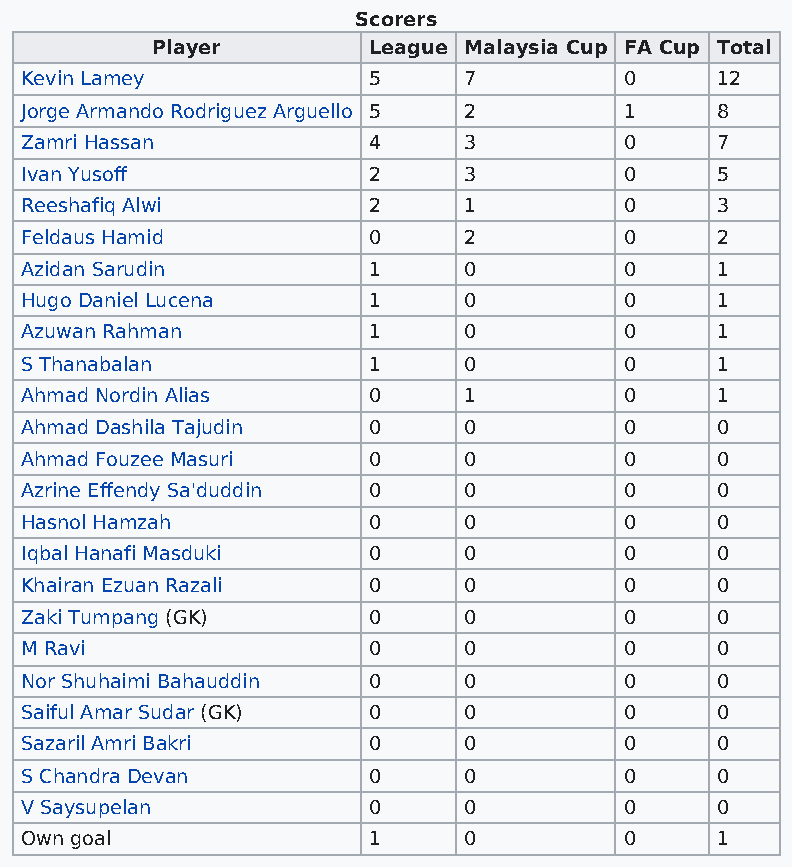
Scorers
 Player        League Malaysia Cup FA Cup Total
 Kevin Lamey            5      7         0     12
 Jorge Armando Rodriguez Arguello 5 2    1     8
 Zamri Hassan           4      3         0     7
 Ivan Yusoff            2      3         0     5
 Reeshafiq Alwi         2      1         0     3
 Feldaus Hamid          0      2         0     2
 Azidan Sarudin         1      0         0     1
 Hugo Daniel Lucena     1      0         0     1
 Azuwan Rahman          1      0         0     1
 S Thanabalan           1      0         0     1
 Ahmad Nordin Alias     0      1         0     1
 Ahmad Dashila Tajudin  0      0         0     0
 Ahmad Fouzee Masuri    0      0         0     0
 Azrine Effendy Sa'duddin 0    0         0     0
 Hasnol Hamzah          0      0         0     0
 Iqbal Hanafi Masduki   0      0         0     0
 Khairan Ezuan Razali   0      0         0     0
 Zaki Tumpang (GK)      0      0         0     0
 M Ravi                 0      0         0     0
 Nor Shuhaimi Bahauddin 0      0         0     0
 Saiful Amar Sudar (GK) 0      0         0     0
 Sazaril Amri Bakri     0      0         0     0
 S Chandra Devan        0      0         0     0
 V Saysupelan           0      0         0     0
 Own goal               1      0         0     1